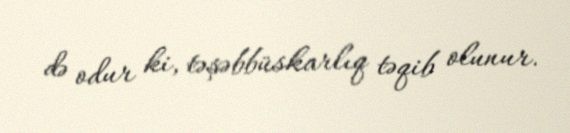
də odur ki, təşəbbüskarlıq təqib olunur.